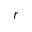
r